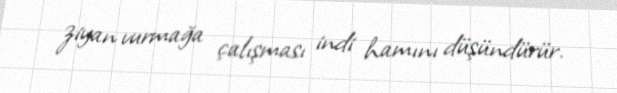
ziyan vurmağa çalışması indi hamını düşündürür.